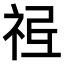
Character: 𥙥